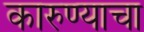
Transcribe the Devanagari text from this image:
कारुण्याचा